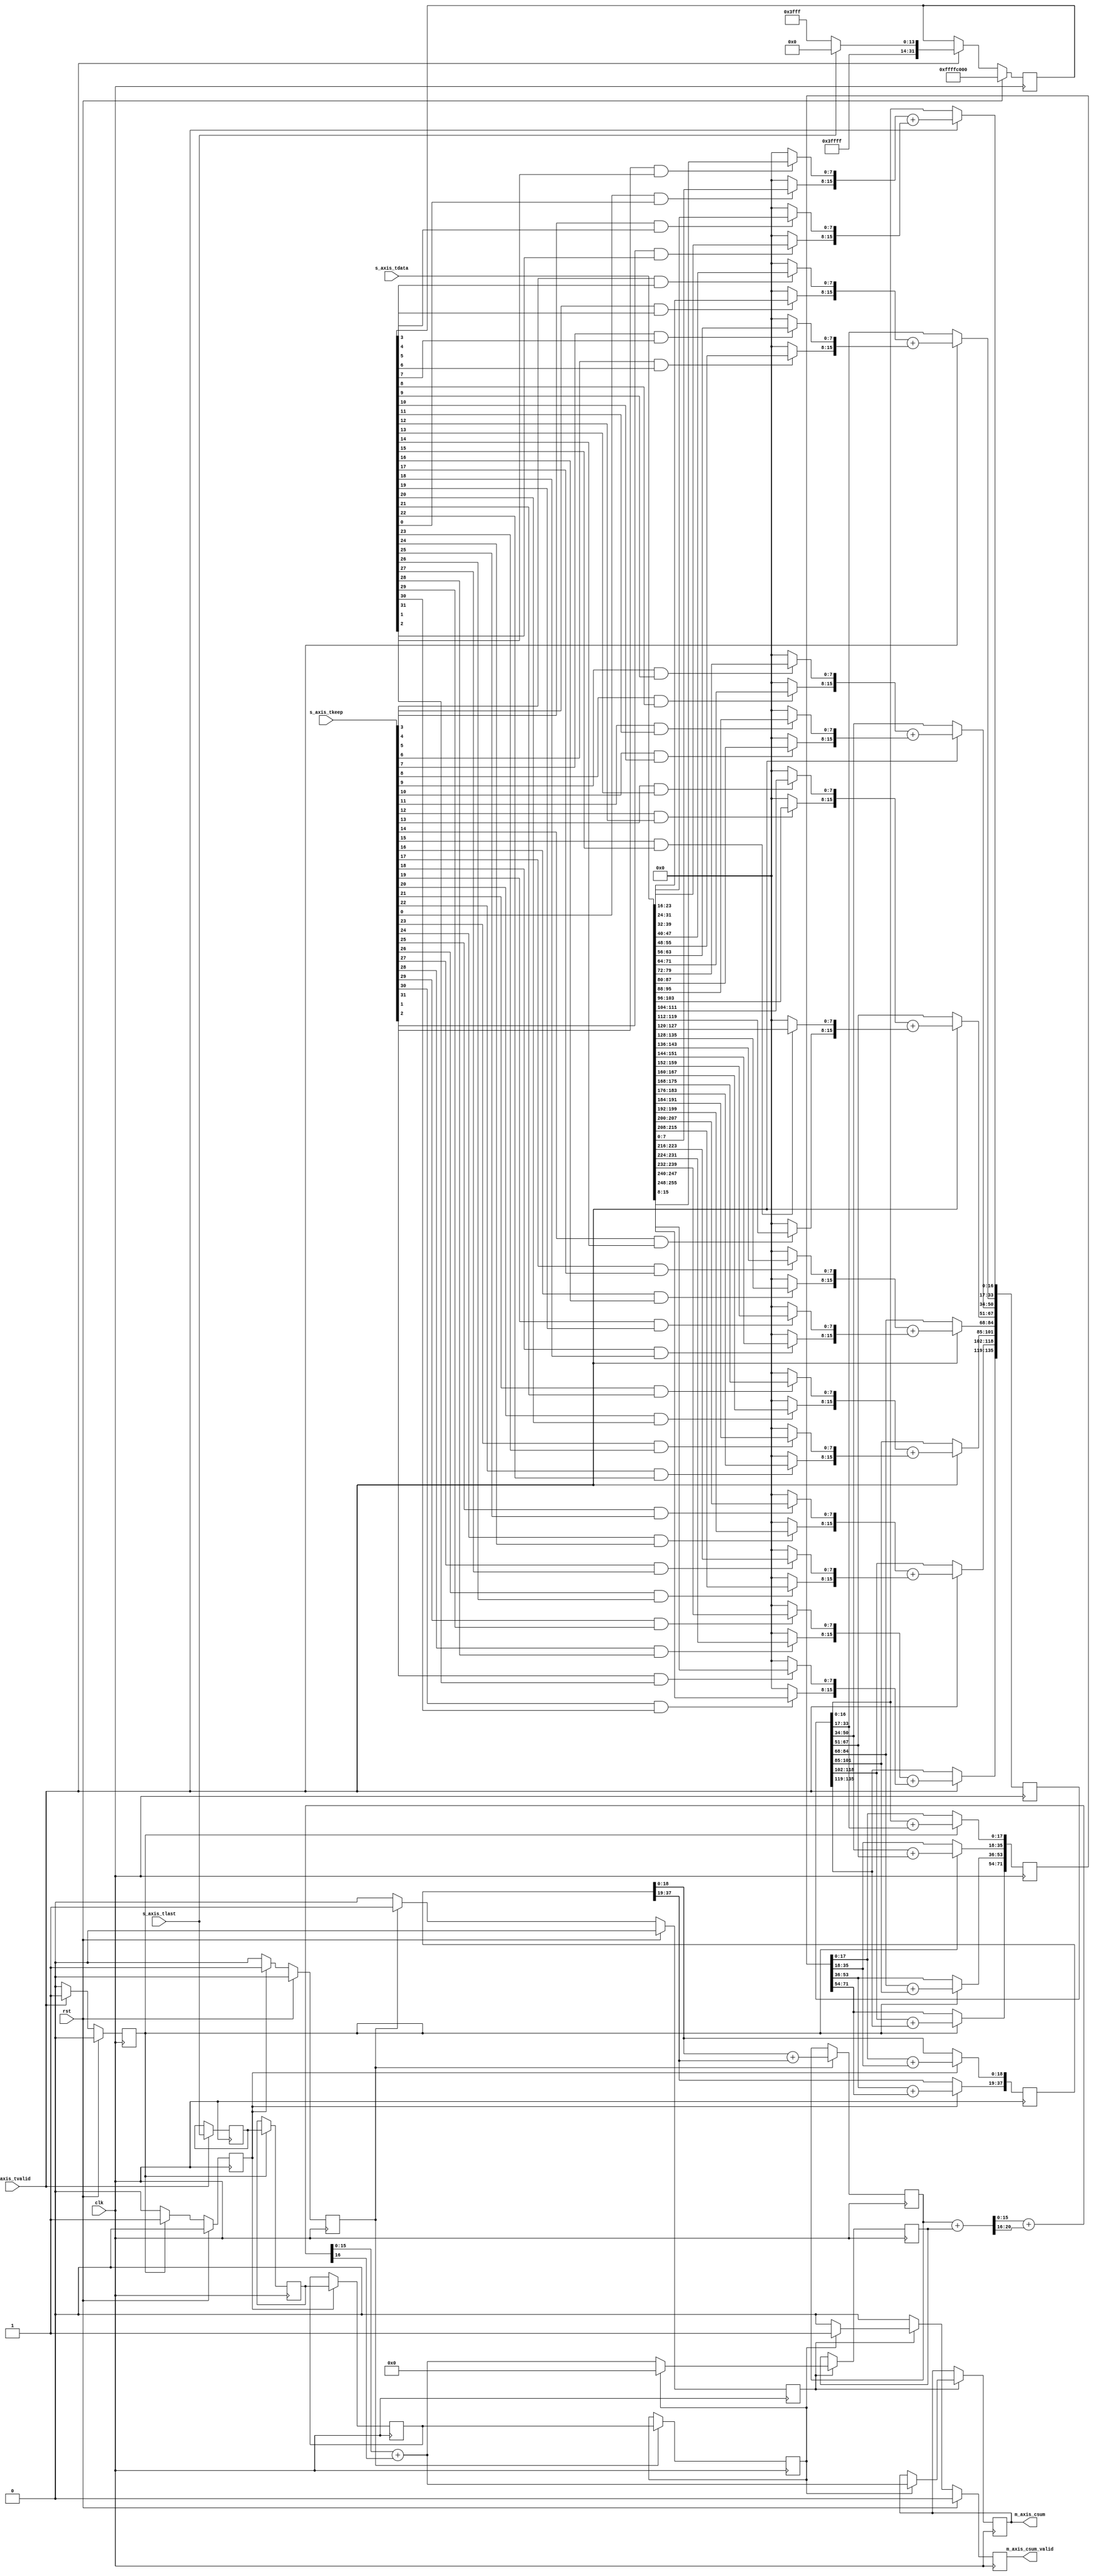
// SPDX-License-Identifier: BSD-2-Clause-Views
/*
 * Copyright (c) 2019-2023 The Regents of the University of California
 */

// Language: Verilog 2001

`resetall
`timescale 1ns / 1ps
`default_nettype none

/*
 * Receive checksum offload module
 */
module rx_checksum #
(
    // Width of AXI stream interfaces in bits
    parameter DATA_WIDTH = 256,
    // AXI stream tkeep signal width (words per cycle)
    parameter KEEP_WIDTH = (DATA_WIDTH/8),
    // Checksum start offset
    parameter START_OFFSET = 14
)
(
    input  wire                   clk,
    input  wire                   rst,

    /*
     * AXI input
     */
    input  wire [DATA_WIDTH-1:0]  s_axis_tdata,
    input  wire [KEEP_WIDTH-1:0]  s_axis_tkeep,
    input  wire                   s_axis_tvalid,
    input  wire                   s_axis_tlast,

    /*
     * Checksum output
     */
    output wire [15:0]            m_axis_csum,
    output wire                   m_axis_csum_valid
);

parameter LEVELS = $clog2(DATA_WIDTH/8);
parameter OFFSET_WIDTH = START_OFFSET/KEEP_WIDTH > 1 ? $clog2(START_OFFSET/KEEP_WIDTH) : 1;

// bus width assertions
initial begin
    if (KEEP_WIDTH * 8 != DATA_WIDTH) begin
        $error("Error: AXI stream interface requires byte (8-bit) granularity (instance %m)");
        $finish;
    end
end

reg [OFFSET_WIDTH-1:0] offset_reg = START_OFFSET/KEEP_WIDTH;
reg [KEEP_WIDTH-1:0] mask_reg = {KEEP_WIDTH{1'b1}} << START_OFFSET;
reg [DATA_WIDTH-1:0] s_axis_tdata_masked;

reg [DATA_WIDTH-1:0] sum_reg[LEVELS-2:0];
reg [LEVELS-2:0] sum_valid_reg = 0;
reg [LEVELS-2:0] sum_last_reg = 0;

reg [16+LEVELS-1:0] sum_acc_temp = 0;
reg [15:0] sum_acc_reg = 0;

reg [15:0] m_axis_csum_reg = 0;
reg m_axis_csum_valid_reg = 1'b0;

assign m_axis_csum = m_axis_csum_reg;
assign m_axis_csum_valid = m_axis_csum_valid_reg;

// Mask input data
integer j;

always @* begin
    for (j = 0; j < KEEP_WIDTH; j = j + 1) begin
        s_axis_tdata_masked[j*8 +: 8] = (s_axis_tkeep[j] && mask_reg[j]) ? s_axis_tdata[j*8 +: 8] : 8'd0;
    end
end

integer i;

always @(posedge clk) begin
    sum_valid_reg[0] <= 1'b0;

    if (s_axis_tvalid) begin
        for (i = 0; i < DATA_WIDTH/8/4; i = i + 1) begin
            sum_reg[0][i*17 +: 17] <= {s_axis_tdata_masked[(4*i+0)*8 +: 8], s_axis_tdata_masked[(4*i+1)*8 +: 8]} + {s_axis_tdata_masked[(4*i+2)*8 +: 8], s_axis_tdata_masked[(4*i+3)*8 +: 8]};
        end
        sum_valid_reg[0] <= 1'b1;
        sum_last_reg[0] <= s_axis_tlast;

        if (s_axis_tlast) begin
            offset_reg <= START_OFFSET/KEEP_WIDTH;
            mask_reg <= {KEEP_WIDTH{1'b1}} << START_OFFSET;
        end else if (START_OFFSET < KEEP_WIDTH || offset_reg == 0) begin
            mask_reg <= {KEEP_WIDTH{1'b1}};
        end else begin
            offset_reg <= offset_reg - 1;
            if (offset_reg == 1) begin
                mask_reg <= {KEEP_WIDTH{1'b1}} << (START_OFFSET%KEEP_WIDTH);
            end else begin
                mask_reg <= {KEEP_WIDTH{1'b0}};
            end
        end
    end

    if (rst) begin
        offset_reg <= START_OFFSET/KEEP_WIDTH;
        mask_reg <= {KEEP_WIDTH{1'b1}} << START_OFFSET;
        sum_valid_reg[0] <= 1'b0;
    end
end

generate

    genvar l;

    for (l = 1; l < LEVELS-1; l = l + 1) begin

        always @(posedge clk) begin
            sum_valid_reg[l] <= 1'b0;

            if (sum_valid_reg[l-1]) begin
                for (i = 0; i < DATA_WIDTH/8/4/2**l; i = i + 1) begin
                    sum_reg[l][i*(17+l) +: (17+l)] <= sum_reg[l-1][(i*2+0)*(17+l-1) +: (17+l-1)] + sum_reg[l-1][(i*2+1)*(17+l-1) +: (17+l-1)];
                end
                sum_valid_reg[l] <= 1'b1;
                sum_last_reg[l] <= sum_last_reg[l-1];
            end

            if (rst) begin
                sum_valid_reg[l] <= 1'b0;
            end
        end

    end

endgenerate

always @(posedge clk) begin
    m_axis_csum_valid_reg <= 1'b0;

    if (sum_valid_reg[LEVELS-2]) begin
        sum_acc_temp = sum_reg[LEVELS-2][16+LEVELS-1-1:0] + sum_acc_reg;
        sum_acc_temp = sum_acc_temp[15:0] + (sum_acc_temp >> 16);
        sum_acc_temp = sum_acc_temp[15:0] + sum_acc_temp[16];

        if (sum_last_reg[LEVELS-2]) begin
            m_axis_csum_reg <= sum_acc_temp;
            m_axis_csum_valid_reg <= 1'b1;
            sum_acc_reg <= 0;
        end else begin
            sum_acc_reg <= sum_acc_temp;
        end
    end

    if (rst) begin
        m_axis_csum_valid_reg <= 1'b0;
    end
end

endmodule

`resetall